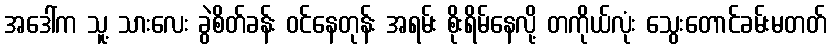
အဒေါ်က သူ့ သားလေး ခွဲစိတ်ခန်း ဝင်နေတုန်း အရမ်း စိုးရိမ်နေလို့ တကိုယ်လုံး သွေးတောင်ခမ်းမတတ်